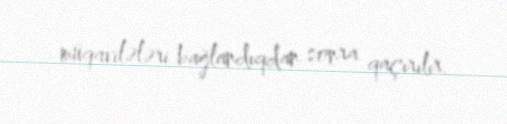
müqavilələri bağlandıqdan sonra qaçırılır.